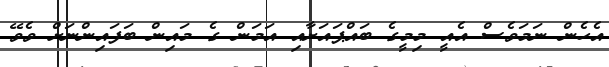
އެހެން ނަމަވެސް އެއީ މިމީގެ ބައްޕައަށާއި އަމަން ގެ މައިން ބަފައިންނަށް ވެވޭ